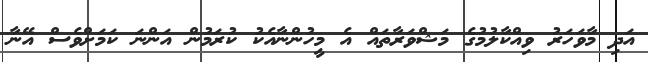
އަދި މާވަހަރު ވިއްކާލުމުގެ މަޝްވަރާތައް އެ މީހުންނާއެކު ކުރަމުން އަންނަ ކަމަށްވެސް އޭނާ